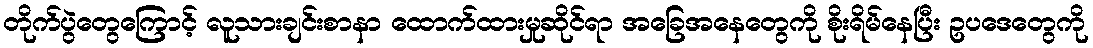
တိုက်ပွဲတွေကြောင့် လူသားချင်းစာနာ ထောက်ထားမှုဆိုင်ရာ အခြေအနေတွေကို စိုးရိမ်နေပြီး ဥပဒေတွေကို